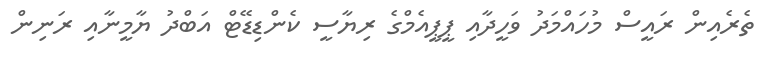
ތެރެއިން ރައީސް މުހައްމަދު ވަހީދާއި ޕީޕީއެމްގެ ރިޔާސީ ކެންޑިޑޭޓް އަބްދު ޔާމީނާއި ރަނިން